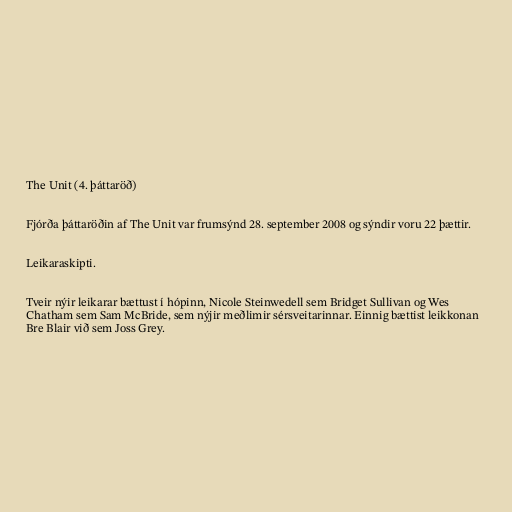
The Unit (4. þáttaröð)

Fjórða þáttaröðin af The Unit var frumsýnd 28. september 2008 og sýndir voru 22 þættir.

Leikaraskipti.

Tveir nýir leikarar bættust í hópinn, Nicole Steinwedell sem Bridget Sullivan og Wes
Chatham sem Sam McBride, sem nýjir meðlimir sérsveitarinnar. Einnig bættist leikkonan
Bre Blair við sem Joss Grey.